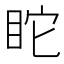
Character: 𥄻